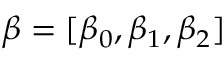
\beta = [ \beta _ { 0 } , \beta _ { 1 } , \beta _ { 2 } ]